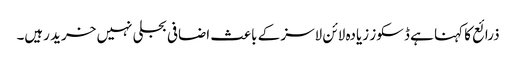
ذرائع کا کہنا ہے ڈسکوز زیادہ لائن لاسز کے باعث اضافی بجلی نہیں خرید رہیں۔